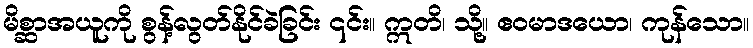
မိစ္ဆာအယူကို စွန့်လွတ်နိုင်ခဲခြင်း ၎င်း။ ဣတိ၊ သို့။ ဧဝမာဒယော၊ ကုန်သော။